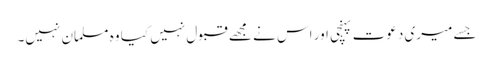
جسے میری دعوت پہنچی اور اس نے مجھے قبول نہیں کیا وہ مسلمان نہیں۔